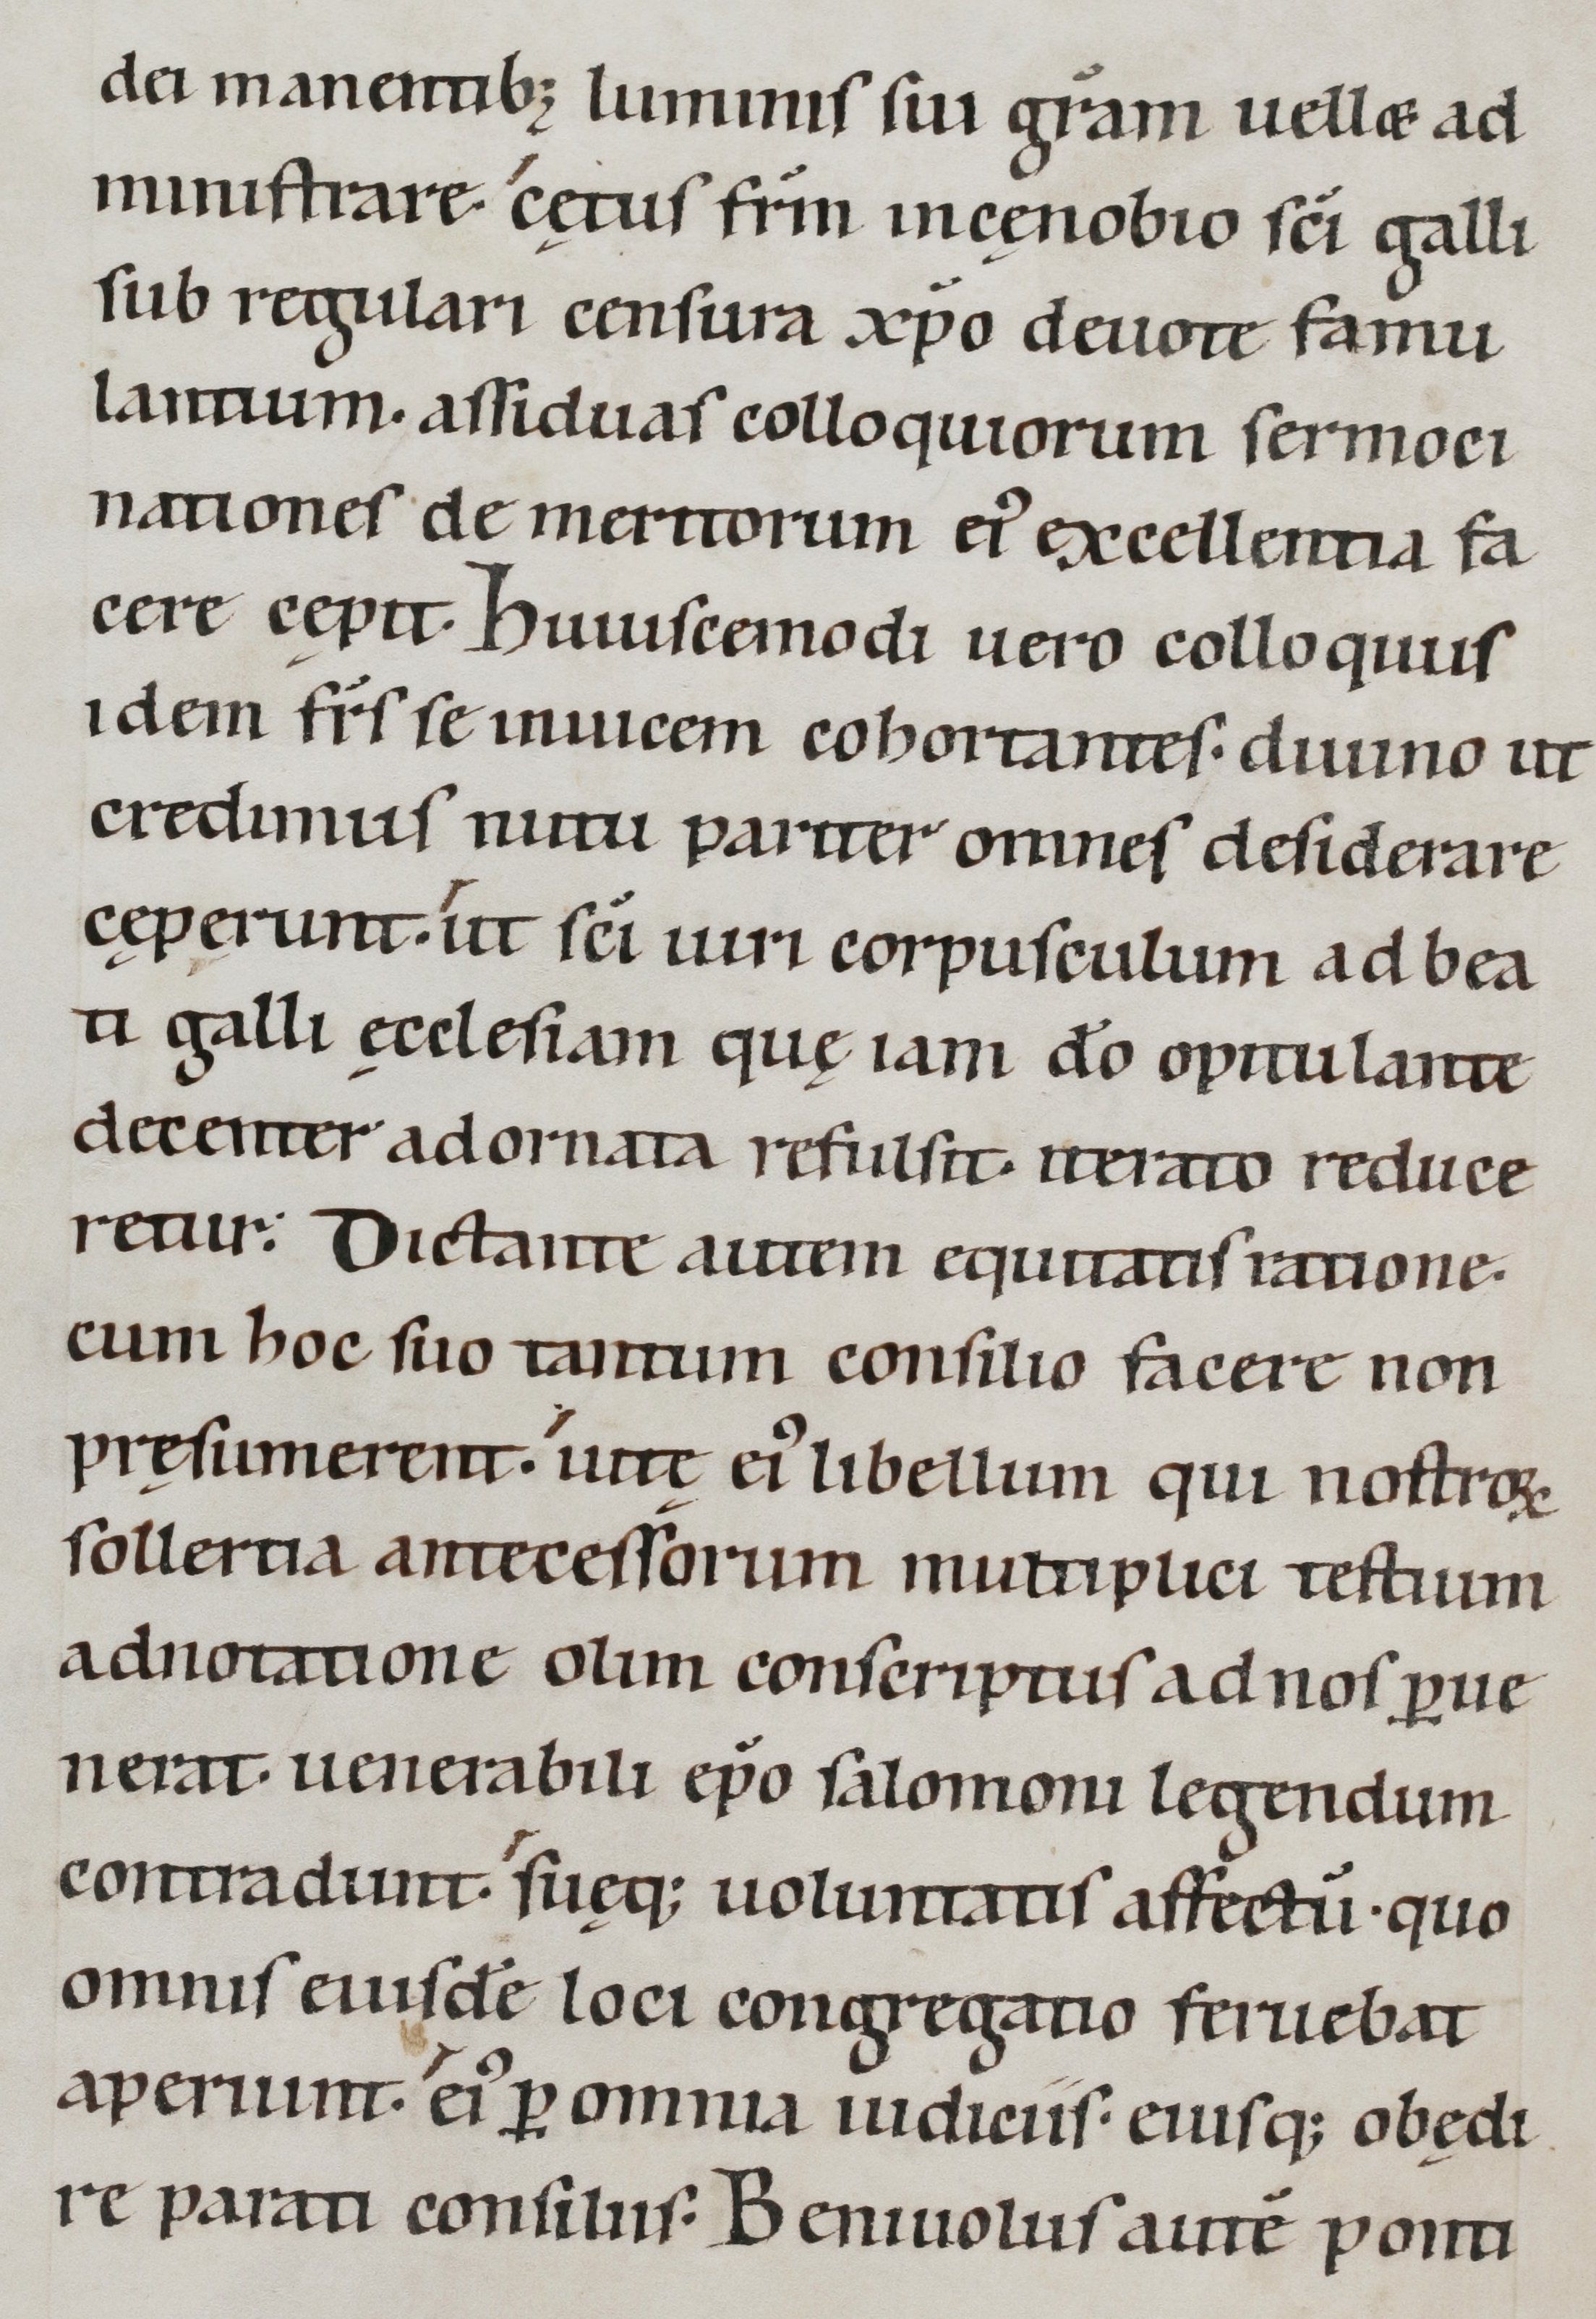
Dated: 1100–1199